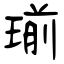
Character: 瑐